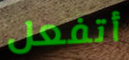
أتفعل